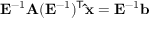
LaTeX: \mathbf { E } ^ { - 1 } \mathbf { A } ( \mathbf { E } ^ { - 1 } ) ^ { \mathsf { T } } \mathbf { \hat { x } } = \mathbf { E } ^ { - 1 } \mathbf { b }